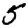
Digit: 5